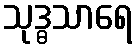
သုဒ္ဓသာရေ